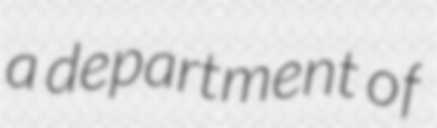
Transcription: a department of